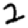
Digit: 2